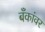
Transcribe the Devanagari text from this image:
बँकांवर